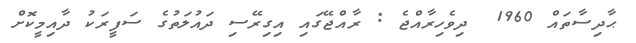
ޙާދިސާތައް 1960  ދިވެހިރާއްޖެ : ރާއްޖޭގައި އިގިރޭސި ދައުލަތުގެ ސަފީރަކު ދާއިމީކޮށް